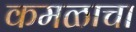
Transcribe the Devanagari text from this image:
कमळाचा